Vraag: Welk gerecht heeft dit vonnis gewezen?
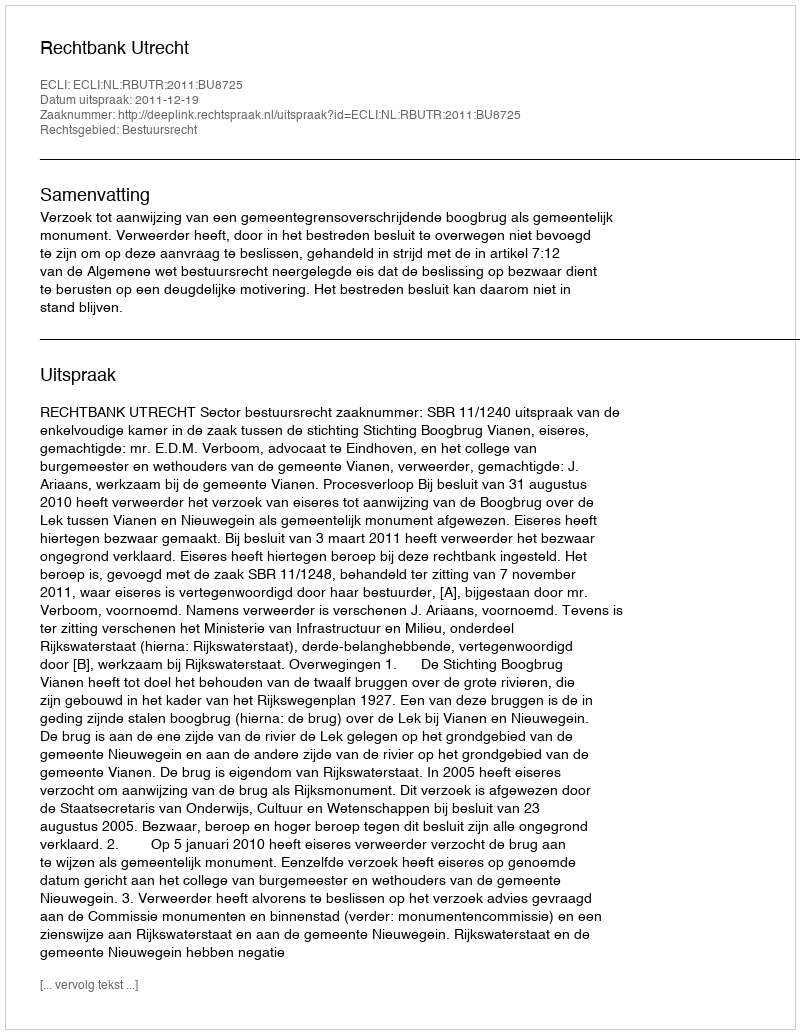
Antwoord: Rechtbank Utrecht